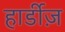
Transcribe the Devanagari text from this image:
हार्डीज़